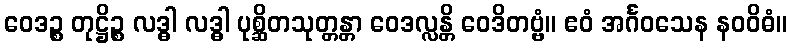
ဝေဒဉ္စ တုဋ္ဌိဉ္စ လဒ္ဓါ လဒ္ဓါ ပုစ္ဆိတသုတ္တန္တာ ဝေဒလ္လန္တိ ဝေဒိတဗ္ဗံ။ ဧဝံ အင်္ဂဝသေန နဝဝိဓံ။